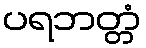
ပရဘတ္တံ